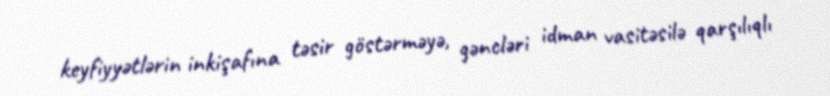
keyfiyyətlərin inkişafına təsir göstərməyə, gəncləri idman vasitəsilə qarşılıqlı